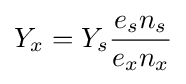
Y_{x}=Y_{s}{\frac {e_{s}n_{s}}{e_{x}n_{x}}}